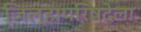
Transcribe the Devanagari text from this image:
जिल्हापरिषदेला